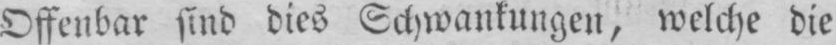
Offenbar sind dies Schwankungen, welche die